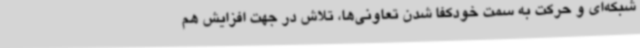
شبکه‌ای و حرکت به سمت خودکفا شدن تعاونی‌ها، تلاش در جهت افزایش هم